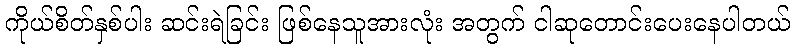
ကိုယ်စိတ်နှစ်ပါး ဆင်းရဲခြင်း ဖြစ်နေသူအားလုံး အတွက် ငါဆုတောင်းပေးနေပါတယ်